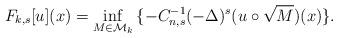
LaTeX: \begin{align*}F_{k,s}[u](x)=\inf_{M \in \mathcal{M}_k}{\{-C_{n,s}^{-1}(-\Delta)^{s}(u\circ \sqrt{M})(x)\}}.\end{align*}